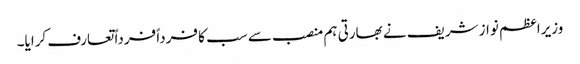
وزیراعظم نواز شریف نے بھارتی ہم منصب سے سب کا فرداً فرداً تعارف کرایا۔